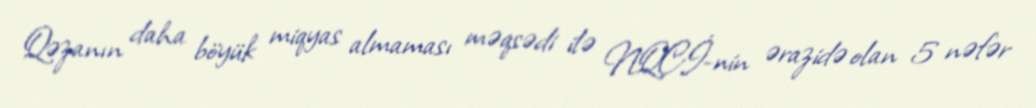
Qəzanın daha böyük miqyas almaması məqsədi ilə NQÇİ-nin ərazidə olan 5 nəfər